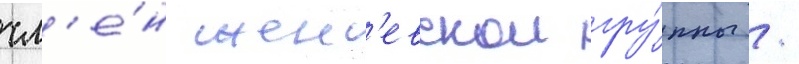
чл'е́н жен'евскои гру́ппы /